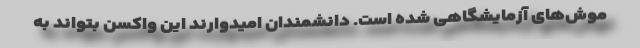
موش‌های آزمایشگاهی شده است. دانشمندان امیدوارند این واکسن بتواند به